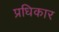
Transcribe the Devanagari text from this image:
प्रधिकार